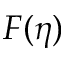
F ( \eta )